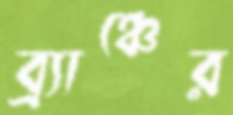
ব্র্যাঞ্চের